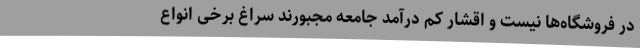
در فروشگاه‌ها نیست و اقشار کم درآمد جامعه مجبورند سراغ برخی انواع